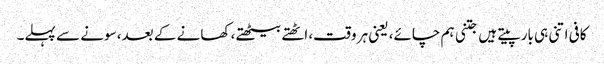
کافی اتنی ہی بار پیتے ہیں جتنی ہم چائے، یعنی ہر وقت، اٹھتے بیٹھتے، کھانے کے بعد، سونے سے پہلے۔